Civil Veterinary Dept. Bombay admin report 1914-1922 - 1914-1922
Year: 1914
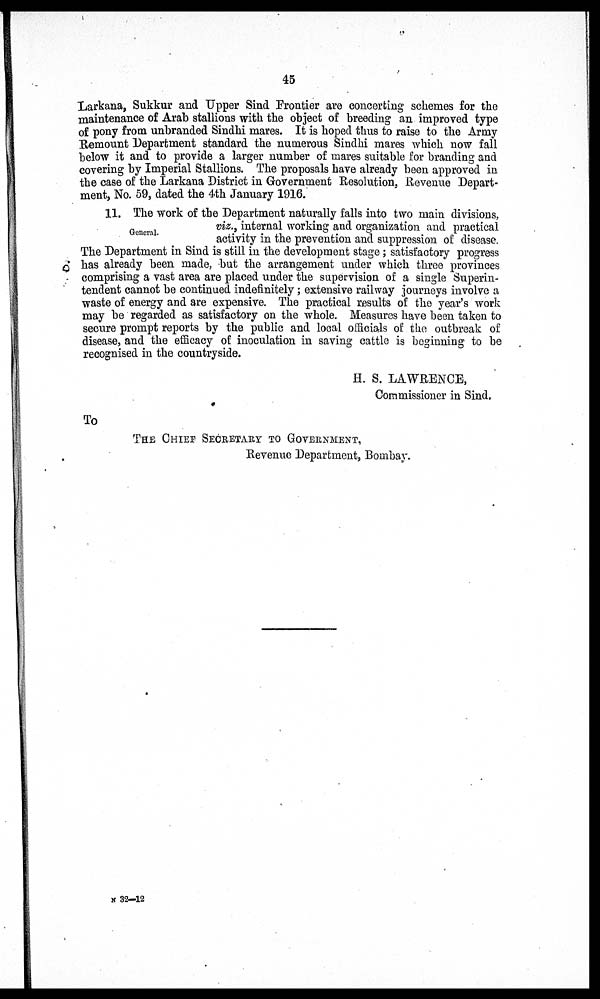
45
Larkana, Sukkur and Upper Sind Frontier are concerting schemes for the
maintenance of Arab stallions with the object of breeding an improved type
of pony from unbranded Sindhi mares. It is hoped thus to raise to the Army
Remount Department standard the numerous Sindhi mares which now fall
below it and to provide a larger number of mares suitable for branding and
covering by Imperial Stallions. The proposals have already been approved in
the case of the Larkana District in Government Resolution, Revenue Depart-
ment, No. 59, dated the 4th January 1916.
General.
11. The work of the Department naturally falls into two main divisions,
viz., internal working and organization and practical
activity in the prevention and suppression of disease.
The Department in Sind is still in the development stage ; satisfactory progress
has already been made, but the arrangement under which three provinces
comprising a vast area are placed under the supervision of a single Superin-
tendent cannot be continued indefinitely; extensive railway journeys involve a
waste of energy and are expensive. The practical results of the year's work
may be regarded as satisfactory on the whole. Measures have been taken to
secure prompt reports by the public and local officials of the outbreak of
disease, and the efficacy of inoculation in saving cattle is beginning to be
recognised in the countryside.
H. S. LAWRENCE,
Commissioner in Sind.
To
THE CHIEF SECRETARY TO GOVERNMENT,
Revenue Department, Bombay.
N 32—12